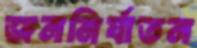
জননির্যাতন